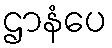
ဌာနံပေ